Annual statistical returns and brief notes on vaccination in Bengal - 1909-1929
Year: 1909
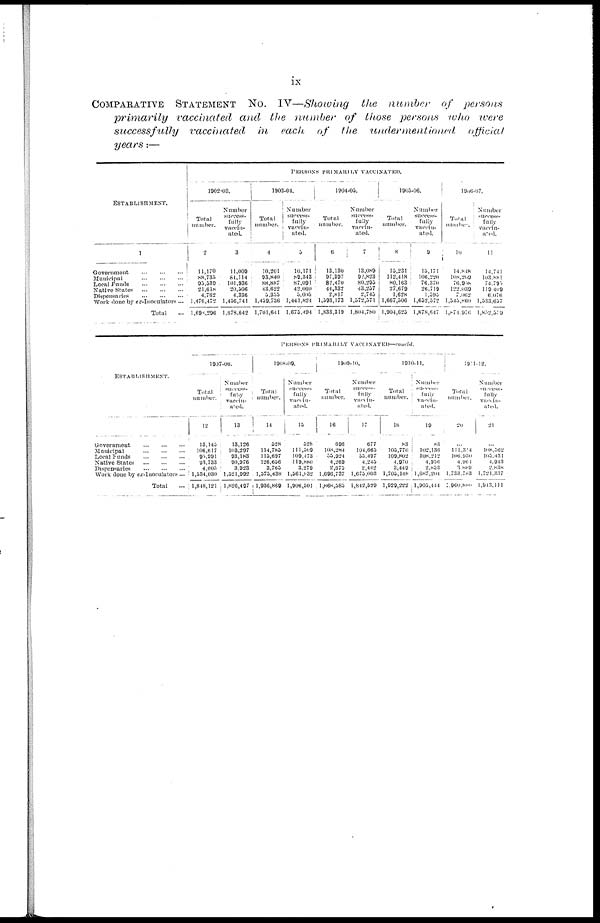
ix
COMPARATIVE STATEMENT NO. IV—Showing the number of persons
primarily
vaccinated and the number of those persons who were
successfully
vaccinated in each of the under mentioned
official
years:—
ESTABLISHMENT.
1
Government ... ... ...
Municipal ... ... ...
Local Funds ... ... ...
Native States
...
...
...
Dispensaries ... ... ...
Work done by ex-Inoculators ...
Total ...
PERSONS PRIMARILY VACCINATED.
1902-03.
Total
number.
2
11,170
88,735
95,539
21,618
4,762
1,476,472
l,698,296
Number
success-
fully
vaccin-
ated.
3
11,009
84,114
101,936
20,506
4,336
1,456,741
1,678,642
1903-04.
Total
number.
4
10,201
93,840
88,887
43,622
5,355
1,459,736
1,701,641
Number
success-
fully
vaccin-
ated.
5
10,171
89,343
87,091
42,060
5,005
1,441,824
1,675,494
1904-05.
Total
number.
6
13,130
97,397
82,470
44,332
2,817
1,593,173
1,833,319
Number
vaccin-
ated.
7
13,089
92,823
80,295
43,237
2,745
1,572,371
1,804,780
1905-06.
Total
number.
8
15,231
112,418
80,163
27,679
1,628
1,667,506
1,904,625
Number
success-
fully
vaccin-
ated.
9
15,171
106,220
76,370
26,719
1,595
1,652,372
1,878,647
1906-07.
Total
number.
10
14,818
108,209
76,908
122,039
7,062
1,545,860
l,871,976
Number
success-
fully
vaccin-
ated.
11
14,741
103,881
74,795
119,409
6,076
1,533,657
1,852,509
ESTABLISHMENT.
Government
...
...
...
Municipal
...
...
...
Local Funds
...
...
...
Native States ... ... ...
Dispensaries
...
...
...
Work done by ex-Inoculators
...
Total ...
PERSONS PRIMARILY
VACCINATED—concld.
1907-08.
Total
number.
1 2
13,145
106,617
95,991
93,733
4,605
1,534,030
1,848,121
Number
success-
fuly
vaccin-
ated.
13
13,126
103,297
93,183
90,976
3,923
1,521,992
1,826,497
1908-09.
Total
number.
14
528
114,785
115,697
126,656
3,763
1,575,438
1,936,869
Number
success-
fully
vaccin-
ated.
15
528
111,509
109,473
119,880
3,279
1,561,832
1,906,501
1909-10.
Total
number.
16
696
108,284
55,924
4,269
2,675
1,696,737
1,868,585
Number
success-
fully
vaccin-
ated.
17
677
104,665
53,497
4,245
2,442
1,675,003
1,842,529
1910-11.
Total
number.
18
83
105,770
109,802
4,970
3,449
1,705,148
1,929,222
Number
success-
fully
vaccin-
ated.
19
83
102,136
108,212
4,956
2,855
1,687,204
1,905,444
1911-12.
Total
number.
20
...
111,304
106,930
4,961
3,889
1,733,783
960,880
Number
success-
fully
vaccina-
ated.
21
...
108,562
105,431
4,943
2,838
1,721,337
1,943,111